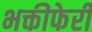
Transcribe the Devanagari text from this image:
भक्तीफेरी